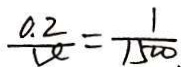
\frac { 0 . 2 } { V } = \frac { 1 } { 1 5 0 0 }